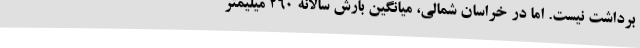
برداشت نیست. اما در خراسان شمالی، میانگین بارش سالانه ۲۶۰ میلیمتر